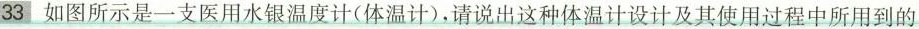
33如图所示是一支医用水银温度计(体温计)，请说出这种体温计设计及其使用过程中所用到的